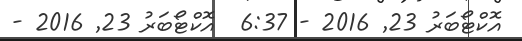
އޮކްޓޯބަރު 23